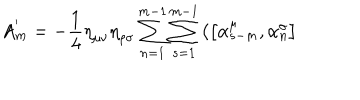
LaTeX: A _ { m } ^ { ' } = - \frac { 1 } { 4 } { \eta } _ { \mu \nu } { \eta } _ { \rho \sigma } \sum _ { n = 1 } ^ { m - 1 } \sum _ { s = 1 } ^ { m - 1 } \left( \left[ { \alpha } _ { s - m } ^ { \mu } , { \alpha } _ { n } ^ { \sigma } \right] \right.